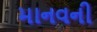
માનવની